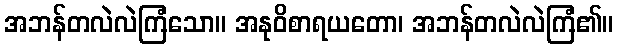
အဘန်တလဲလဲကြံသော။ အနုဝိစာရယတော၊ အဘန်တလဲလဲကြံ၏။